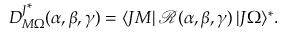
D _ { M \Omega } ^ { J ^ { \scriptstyle * } } ( \alpha , \beta , \gamma ) = \langle J M | \, \mathcal { R } ( \alpha , \beta , \gamma ) \, | J \Omega \rangle ^ { * } .